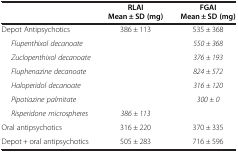
<table><thead><tr><td><b> </b></td><td><b>RLAI Mean ± SD (mg)</b></td><td><b>FGAI Mean ± SD (mg)</b></td></tr></thead><tbody><tr><td>Depot Antipsychotics</td><td>386 ± 113</td><td>535 ± 368</td></tr><tr><td><i>Flupenthixol decanoate</i></td><td> </td><td><i>550 ± 368</i></td></tr><tr><td><i>Zuclopenthixol decanoate</i></td><td> </td><td><i>376 ± 193</i></td></tr><tr><td><i>Fluphenazine decanoate</i></td><td> </td><td><i>824 ± 572</i></td></tr><tr><td><i>Haloperidol decanoate</i></td><td> </td><td><i>316 ± 120</i></td></tr><tr><td><i>Pipotiazine palmitate</i></td><td> </td><td><i>300 ± 0</i></td></tr><tr><td><i>Risperidone microspheres</i></td><td><i>386 ± 113</i></td><td> </td></tr><tr><td>Oral antipsychotics</td><td>316 ± 220</td><td>370 ± 335</td></tr><tr><td>Depot + oral antipsychotics</td><td>505 ± 283</td><td>716 ± 596</td></tr></tbody></table>